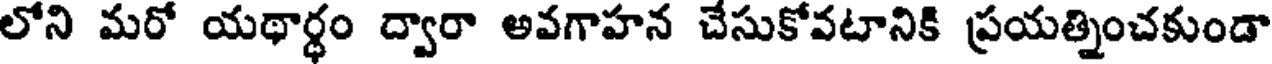
లోని మరో యథార్థం ద్వారా అవగాహన చేసుకోవటానికి ప్రయత్నించకుండా